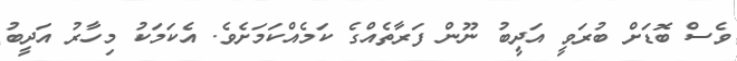
ވެސް ބޮޑަށް ބުރަވީ އަދީބު ނޫން ފަރާތެއްގެ ކަމެއްކަމަށެވެ. އެކަމަކު މިހާރު އަދީބު